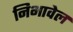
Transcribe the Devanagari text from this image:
निभावेल